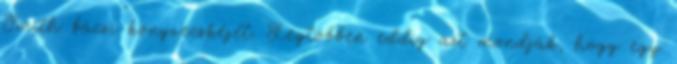
Smith bácsi könyvecskéjét. Legtöbben eddig azt mondják, hogy egy